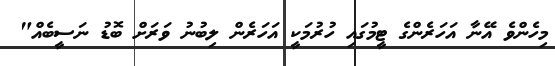
މިހެންވެ އޭނާ އަހަރެންގެ ޓީމުގައި ހުރުމަކީ އަހަރެން ލިބުނު ވަރަށް ބޮޑު ނަސީބެއް"